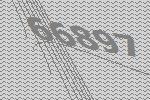
66897